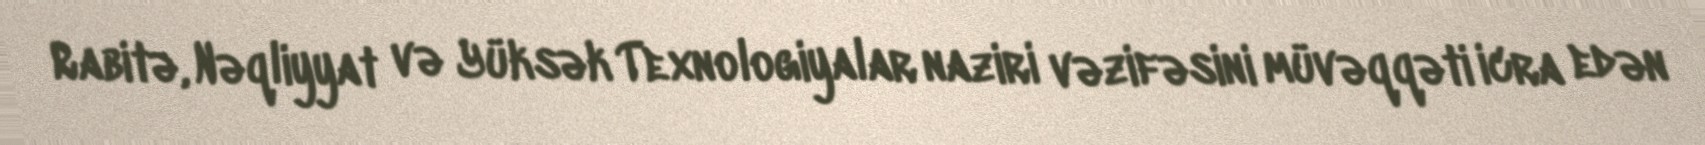
Rabitə, Nəqliyyat və Yüksək Texnologiyalar naziri vəzifəsini müvəqqəti icra edən